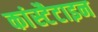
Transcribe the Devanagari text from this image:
कांस्टैटाइन